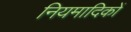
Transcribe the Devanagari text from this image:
नियमादिकों